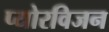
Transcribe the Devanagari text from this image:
प्योरविजन